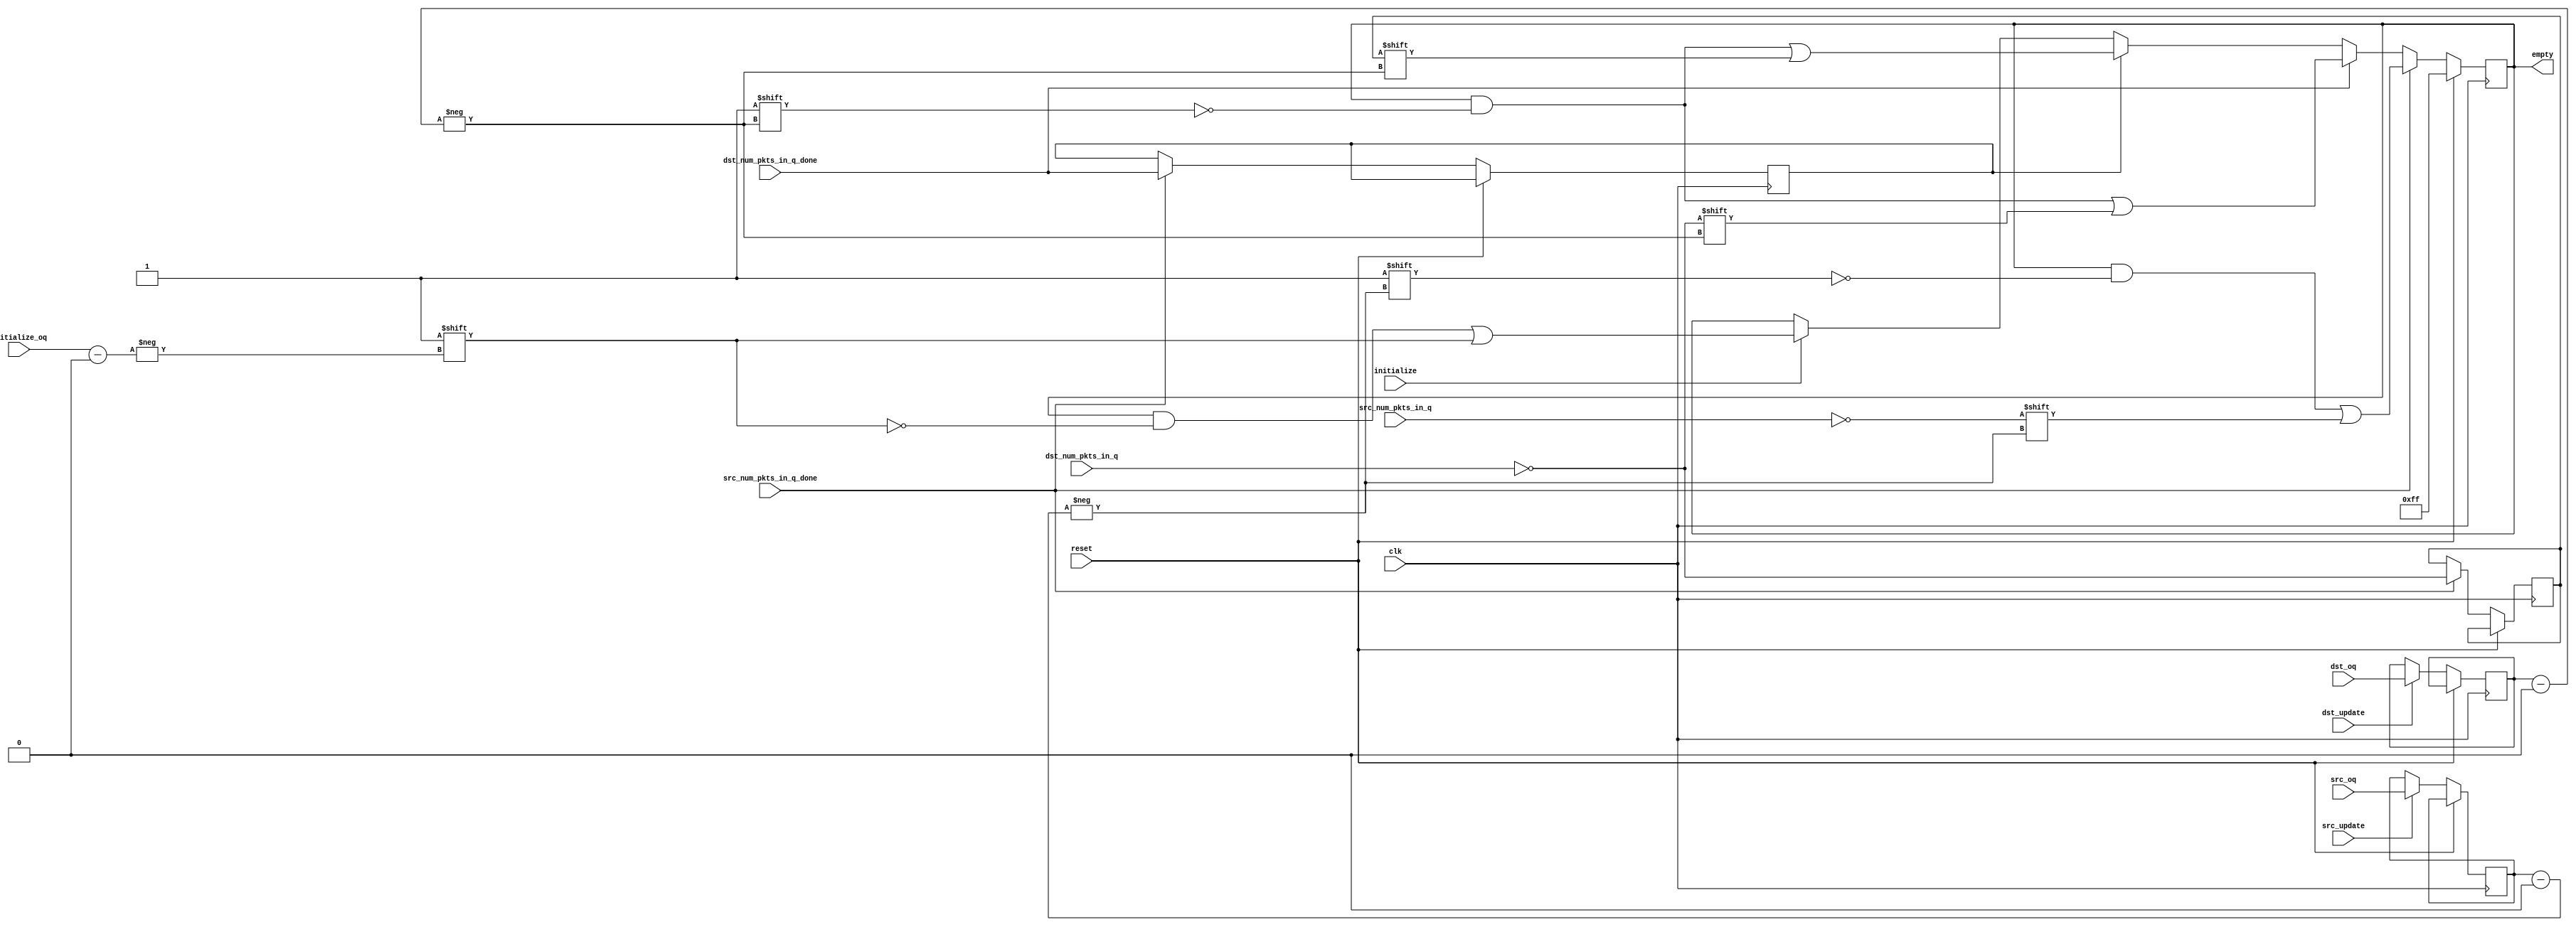
module oq_regs_eval_empty
  #( 
      parameter SRAM_ADDR_WIDTH     = 13,
      parameter CTRL_WIDTH          = 8,
      parameter UDP_REG_SRC_WIDTH   = 2,
      parameter NUM_OUTPUT_QUEUES   = 8,
      parameter NUM_OQ_WIDTH        = log2(NUM_OUTPUT_QUEUES),
      parameter PKT_LEN_WIDTH       = 11,
      parameter PKT_WORDS_WIDTH     = PKT_LEN_WIDTH-log2(CTRL_WIDTH),
      parameter MAX_PKT             = 2048/CTRL_WIDTH,   // allow for 2K bytes,
      parameter MIN_PKT             = 60/CTRL_WIDTH + 1,
      parameter PKTS_IN_RAM_WIDTH   = log2((2**SRAM_ADDR_WIDTH)/MIN_PKT)
   )
   
   ( 
      // --- Inputs from dst update ---
      input                               dst_update,
      input [NUM_OQ_WIDTH-1:0]            dst_oq,
      input [PKTS_IN_RAM_WIDTH-1:0]       dst_num_pkts_in_q,
      input                               dst_num_pkts_in_q_done,

      // --- Inputs from src update ---
      input                               src_update,
      input [NUM_OQ_WIDTH-1:0]            src_oq,
      input [PKTS_IN_RAM_WIDTH-1:0]       src_num_pkts_in_q,
      input                               src_num_pkts_in_q_done,

      // --- Clear the flag --- 
      input                               initialize,
      input [NUM_OQ_WIDTH-1:0]            initialize_oq,

      output reg [NUM_OUTPUT_QUEUES-1:0]  empty,


      // --- Misc     
      input                               clk,
      input                               reset
   );
   
   function integer log2;
      input integer number;
      begin
         log2=0;
         while(2**log2<number) begin
            log2=log2+1;
         end
      end
   endfunction // log2


   // ------------- Internal parameters --------------


   // ------------- Wires/reg ------------------

   wire                    src_empty;
   wire                    dst_empty;
   reg                     dst_empty_held;

   reg [NUM_OQ_WIDTH-1:0]  dst_oq_held;
   reg [NUM_OQ_WIDTH-1:0]  src_oq_held;

   reg                     dst_num_pkts_in_q_done_held;

   // ------------- Logic ------------------
   assign src_empty = src_num_pkts_in_q == 'h0;
   assign dst_empty = dst_num_pkts_in_q == 'h0;

   always @(posedge clk)
   begin
      if (reset) begin
         empty <= {NUM_OUTPUT_QUEUES{1'b1}};
      end
      else begin
         if (dst_update) begin
            dst_oq_held <= dst_oq;
         end

         if (src_update) begin
            src_oq_held <= src_oq;
         end

         // Update the empty status giving preference to removes over stores
         // since we don't want to accidentally try removing from an empty
         // queue
         if (src_num_pkts_in_q_done) begin
            empty[src_oq_held] <= src_empty;

            dst_num_pkts_in_q_done_held <= dst_num_pkts_in_q_done;
            dst_empty_held <= dst_empty;
         end
         else if (dst_num_pkts_in_q_done) begin
            empty[dst_oq_held] <= dst_empty;
         end
         else if (dst_num_pkts_in_q_done_held) begin
            empty[dst_oq_held] <= dst_empty_held;
         end
         else if (initialize) begin
            empty[initialize_oq] <= 1'b1;
         end
      end
   end

endmodule